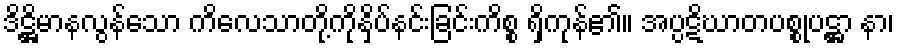
ဒိဋ္ဌိမာနလွန်သော ကိလေသာတို့ကိုနှိပ်နင်းခြင်းကိစ္စ ရှိကုန်၏။ အပ္ပဋိဃာတပစ္စုပဋ္ဌာ နာ၊